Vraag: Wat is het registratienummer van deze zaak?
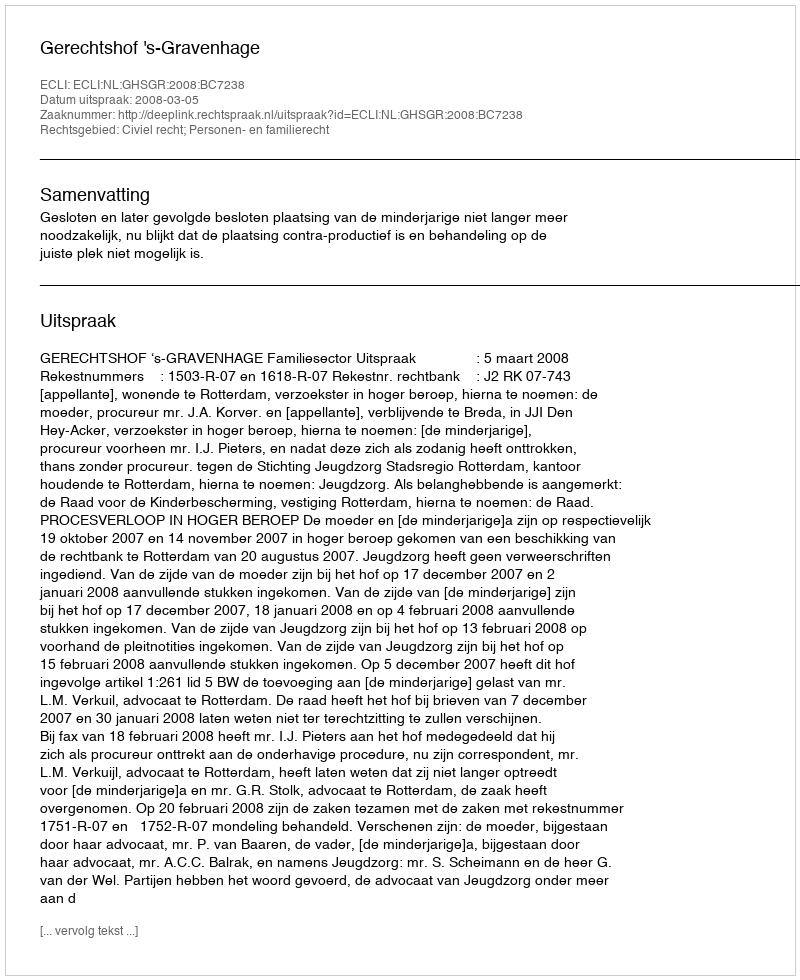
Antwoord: http://deeplink.rechtspraak.nl/uitspraak?id=ECLI:NL:GHSGR:2008:BC7238